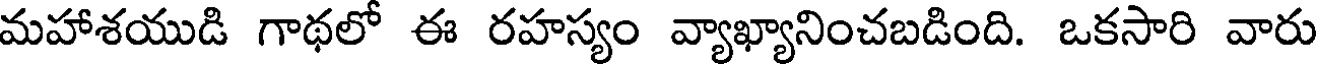
మహాశయుడి గాథలో ఈ రహస్యం వ్యాఖ్యానించబడింది. ఒకసారి వారు